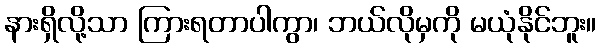
နားရှိလို့သာ ကြားရတာပါကွာ၊ ဘယ်လိုမှကို မယုံနိုင်ဘူး။